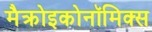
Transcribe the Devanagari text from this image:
मैक्रोइकोनॉमिक्स